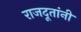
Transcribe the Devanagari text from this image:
राजदूतांनी